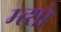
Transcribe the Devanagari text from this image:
म्त्शो